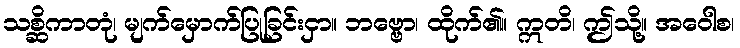
သစ္ဆိကာတုံ၊ မျက်မှောက်ပြုခြင်းငှာ။ ဘဗ္ဗော၊ ထိုက်၏။ ဣတိ၊ ဤသို့။ အဝေါစ၊